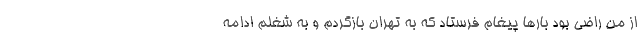
از من راضی بود بار‌ها پیغام فرستاد که به تهران بازگردم و به شغلم ادامه